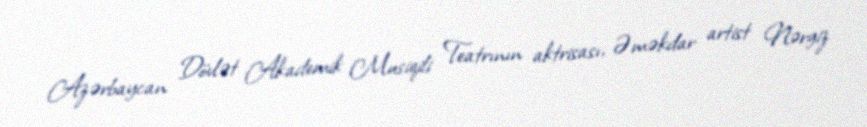
Azərbaycan Dövlət Akademik Musiqili Teatrının aktrisası, Əməkdar artist Nərgiz